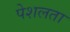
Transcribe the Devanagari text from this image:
पेशलता